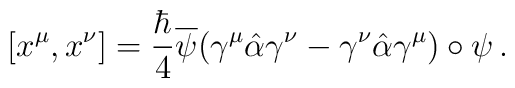
[x^{\mu}, x^{\nu}]=\frac{\hbar}{4}\overline{\psi}(\gamma^{\mu}\hat{\alpha}\gamma^{\nu}-\gamma^{\nu}\hat{\alpha}\gamma^{\mu})\circ\psi\,.